Civil Veterinary Dept. North-West Frontier Province 1901-22 - 1901-1922
Year: 1901
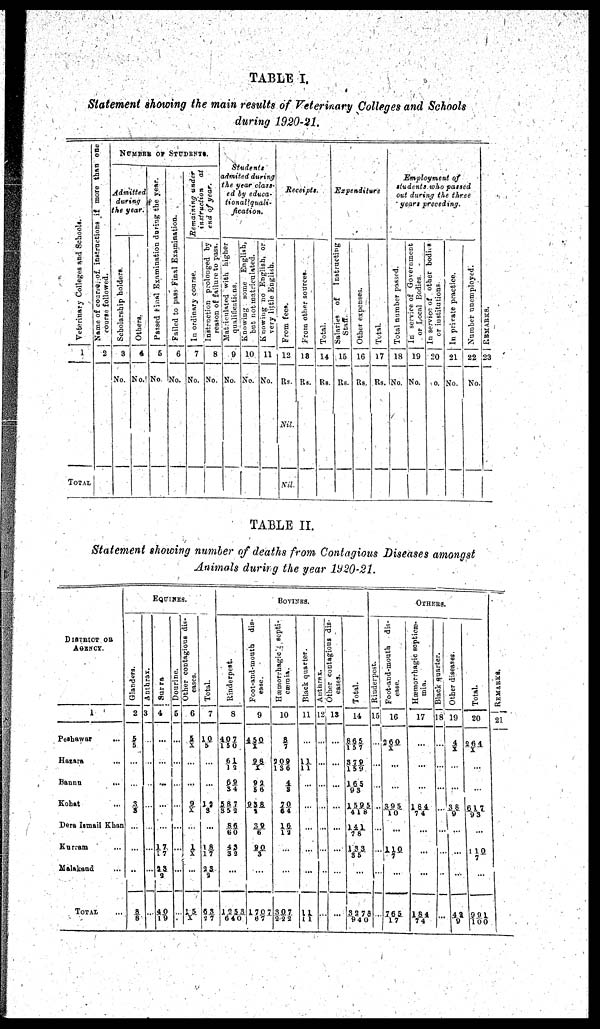
TABLE I.
Statement showing the main results of Veterinary Colleges and Schools
during 1920-21.
Veterinary Colleges and Schools.
1
TOTAL
Name of course of instructions if more than one
course followed.
2
NUMBER OF STUDENTS.
Admitted
during
the year.
Scholarship holders.
3
No.
Others.
4
No.
Passed final Examination during the year.
5
No.
Failed to pass Final Examination.
6
No.
Remaining under
instruction at
end of year.
In ordinary course.
7
No.
Instruction prolouged by
reason of failure to pass.
8
No.
Students
admited during
the year class-
ed by educa-
tionallquali-
fication.
Mateiculated
with higher
qualifications.
9
No.
Knowing some English,
but not matriculated.
10
No.
Knowing no English, or
very little English.
11
No.
Receipts.
From fees.
12
Rs.
Nil.
Nil.
From other sources.
13
Rs.
Total.
14
Rs.
Expenditure
Salaries of
Instructing
Staff.
15
Rs.
Other expenses.
16
Rs.
Total.
17
Rs.
Employment of
students who passed
out during the three
years preceding.
Total number passed.
18
No.
In
service of Government
or Local Bodies.
21
No.
In service of other bodies
or institutions
20
No.
In private practice.
21
No.
Number unemployed.
22
No.
REMARKS .
23
TABLE II.
Statement showing number of deaths from Contagious Diseases amongst
Animals durirg the year 1920-21.
DISTRICT OR
AGENCY.
1
Peshawar
...
Hazara ...
Banna
...
Kohat ...
Dera Ismail Khan
Kurram ...
Malakand ...
TOTAL ...
EQUINES.
Glanders.
2
5/
5
...
...
3/
3
...
...
...
8/8
Anthrax.
3
...
...
...
...
...
...
...
Surra
4
...
...
...
...
...
17/
1 7
23/
9
40/19
Dourine.
5
...
...
...
..
...
...
...
Other contagious dis-
eases.
6
5
/X
...
...
9/X
...
1/
X
...
15/X
Total.
7
10
/5
...
...
12
3
...
1 8/
17
23/
2
63/27
BOVINES.
Rinderpest.
8
407/
150
61/
12
69/
34
587/352
86/
60
43/
32
...
1253/
640
Foot-and-mouth
dis-
ease.
9
450/
X
98/
X
9 2/
56
938/
2
39/
6
90/
3
...
1707/
67
Hæmorrhagic
septi-
cæmia.
10
8/
7
209/
136
4/
3
70/
64
16/
12
...
...
307/
222
Black quarter.
11
...
11/
11
...
...
...
...
...
11/11
Authrax.
12
...
...
...
...
...
...
...
...
Other contagious dis-
eases.
13
...
...
...
...
...
...
...
...
Total.
14
865/
157
379/
159
165/
93
1595/
418
141/
78
133/
85
...
Others.
Rinderpest.
15
...
...
...
...
...
...
3278 ..
940
Foot-and-mouth
dis-
ease.
16
260/
X
...
...
395/
10
...
110/
7
...
765
17
Hæmorrhagic septicæ-
mia.
17
...
...
...
184
74
...
...
...
184
74
Black quarter.
18
...
...
...
...
...
...
Other diseases.
19
4/
X
...
...
38
9
...
...
...
42
Total.
20
264/
X
...
...
617
93
...
110
7
...
391
100
REMARKS .
21